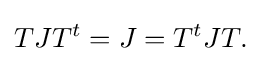
{TJT^{t}=J=T^{t}JT.}